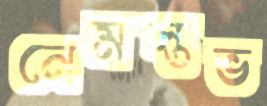
নেমস্তভ